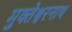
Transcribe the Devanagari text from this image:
मुक्तेश्वरनाथ